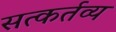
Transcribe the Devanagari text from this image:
सत्कर्तव्य